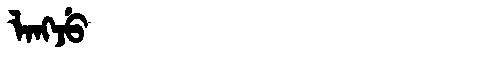
Manchu: ᠯᠠᠩᠵᡠ
Romanization: LANGJU